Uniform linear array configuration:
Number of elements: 16
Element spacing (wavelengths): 0.25
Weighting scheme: cosine
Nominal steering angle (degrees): -30
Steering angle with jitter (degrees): -31.703
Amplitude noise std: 0.05
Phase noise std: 0.05

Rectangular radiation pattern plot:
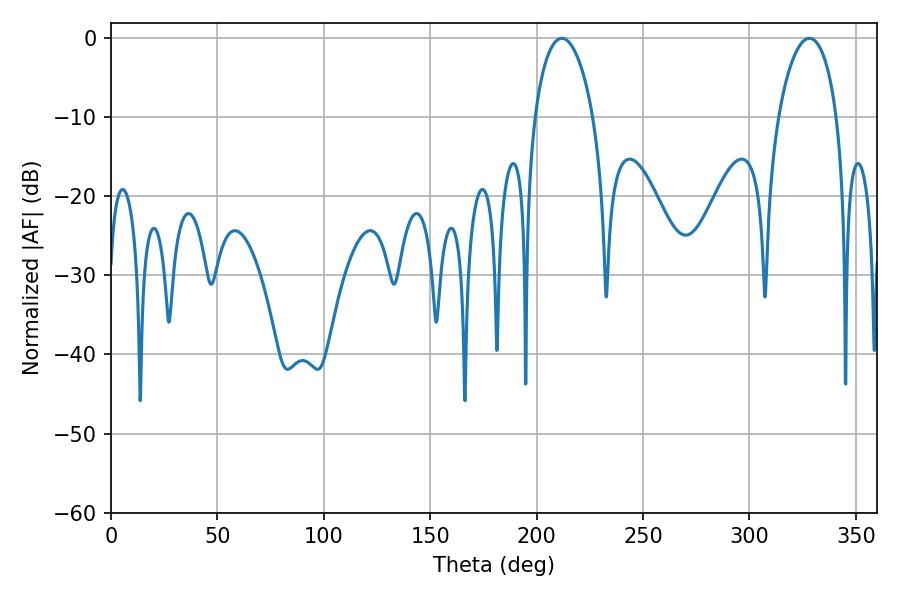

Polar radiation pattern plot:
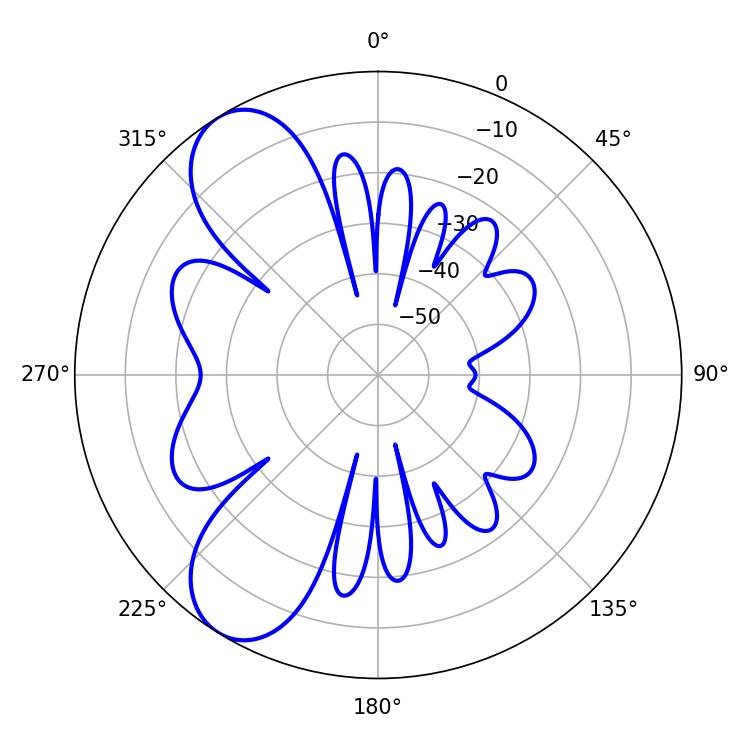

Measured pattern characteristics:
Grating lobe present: FALSE
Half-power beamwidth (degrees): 15.66
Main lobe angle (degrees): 211.86